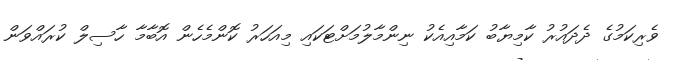
ވެރިކަމުގެ ދެދައުރު ކާމިޔާބު ކަމާއިއެކު ނިންމާލުމަށްޓަކައި މިއަހަރު ކޮންމެހެން އޮބާމާ ހާސިލް ކުރައްވަން